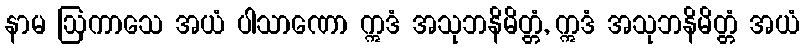
နာမ ဩကာသေ အယံ ပါသာဏော ဣဒံ အသုဘနိမိတ္တံ, ဣဒံ အသုဘနိမိတ္တံ အယံ